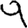
Digit: 9